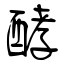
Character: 酵